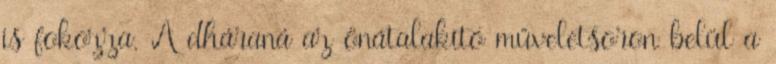
is fokozza. A dháraná az önátalakító műveletsoron belül a